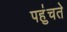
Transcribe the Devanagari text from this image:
पहु॑चते